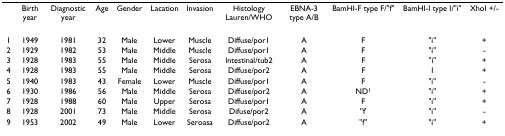
<table><thead><tr><td></td><td><b>Birth year</b></td><td><b>Diagnostic year</b></td><td><b>Age</b></td><td><b>Gender</b></td><td><b>Lacation</b></td><td><b>Invasion</b></td><td><b>Histology Lauren/WHO</b></td><td><b>EBNA-3 type A/B</b></td><td><b>BamHI-F type F/&quot;f&quot;</b></td><td><b>BamHI-I type I/&quot;i&quot;</b></td><td><b>XhoI +/-</b></td></tr></thead><tbody><tr><td>1</td><td>1949</td><td>1981</td><td>32</td><td>Male</td><td>Lower</td><td>Muscle</td><td>Diffuse/por1</td><td>A</td><td>F</td><td>&quot;i&quot;</td><td>+</td></tr><tr><td>2</td><td>1929</td><td>1982</td><td>53</td><td>Male</td><td>Middle</td><td>Muscle</td><td>Diffuse/por1</td><td>A</td><td>F</td><td>&quot;i&quot;</td><td>-</td></tr><tr><td>3</td><td>1928</td><td>1983</td><td>55</td><td>Male</td><td>Middle</td><td>Serosa</td><td>Intestinal/tub2</td><td>A</td><td>F</td><td>&quot;i&quot;</td><td>+</td></tr><tr><td>4</td><td>1928</td><td>1983</td><td>55</td><td>Male</td><td>Middle</td><td>Serosa</td><td>Diffuse/por2</td><td>A</td><td>F</td><td>I</td><td>+</td></tr><tr><td>5</td><td>1940</td><td>1983</td><td>43</td><td>Female</td><td>Lower</td><td>Muscle</td><td>Diffuse/por1</td><td>A</td><td>F</td><td>&quot;i&quot;</td><td>-</td></tr><tr><td>6</td><td>1930</td><td>1986</td><td>56</td><td>Male</td><td>Middle</td><td>Serosa</td><td>Diffuse/por2</td><td>A</td><td>ND<sup>1</sup></td><td>&quot;i&quot;</td><td>+</td></tr><tr><td>7</td><td>1928</td><td>1988</td><td>60</td><td>Male</td><td>Upper</td><td>Serosa</td><td>Diffuse/por1</td><td>A</td><td>F</td><td>&quot;i&quot;</td><td>+</td></tr><tr><td>8</td><td>1928</td><td>2001</td><td>73</td><td>Male</td><td>Middle</td><td>Serosa</td><td>Difuse/por2</td><td>A</td><td>&quot;f&#x27;</td><td>&quot;i&quot;</td><td>-</td></tr><tr><td>9</td><td>1953</td><td>2002</td><td>49</td><td>Male</td><td>Lower</td><td>Seroasa</td><td>Diffuse/por2</td><td>A</td><td>&quot;f&quot;</td><td>&quot;i&quot;</td><td>+</td></tr></tbody></table>